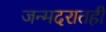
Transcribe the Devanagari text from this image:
जन्मदरातही